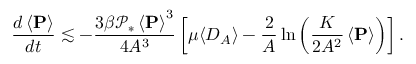
\frac { d \left< \mathbf { P } \right> } { d t } \lesssim - \frac { 3 \beta \mathcal { P } _ { * } \left< \mathbf { P } \right> ^ { 3 } } { 4 A ^ { 3 } } \left[ \mu \langle D _ { A } \rangle - \frac { 2 } { A } \ln \left( \frac { K } { 2 A ^ { 2 } } \left< \mathbf { P } \right> \right) \right] .